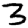
Digit: 3